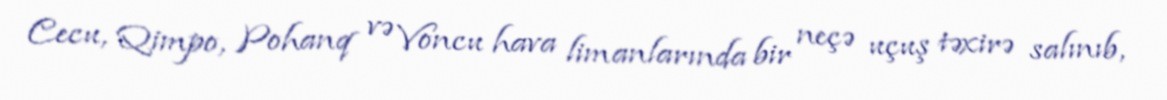
Cecu, Qimpo, Pohanq və Voncu hava limanlarında bir neçə uçuş təxirə salınıb,